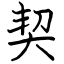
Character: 契